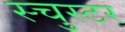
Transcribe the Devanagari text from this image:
स्चुस्टर